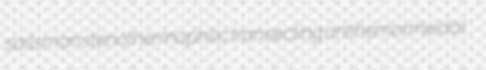
sailsman stenothermophilic transecting antihemorrheidal